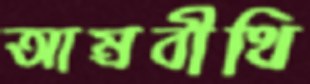
আম্রবীথি